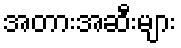
အတားအဆီးများ